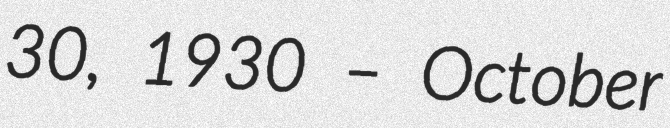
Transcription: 30, 1930 – October